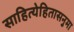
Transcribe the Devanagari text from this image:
साहित्येहितासनुमा